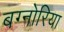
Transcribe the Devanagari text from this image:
बग्नोरिया